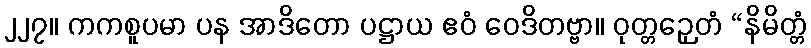
၂၂၇။ ကကစူပမာ ပန အာဒိတော ပဋ္ဌာယ ဧဝံ ဝေဒိတဗ္ဗာ။ ဝုတ္တဉှေတံ “နိမိတ္တံ